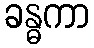
ခန္ဓကာ